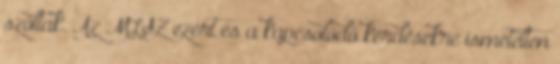
szóltak. Az MLSZ ezért és a kapcsolódó kérdésekre ismételten